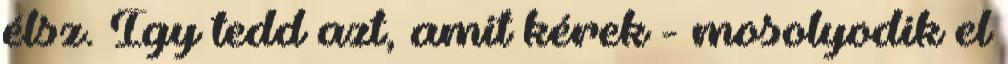
élsz. Így tedd azt, amit kérek - mosolyodik el